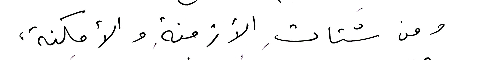
ومن شَتاتِ الأزمنةِ والأمكنة،